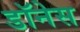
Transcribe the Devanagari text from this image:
डॉनेस